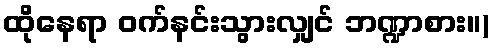
ထိုနေရာ ဝက်နင်းသွားလျှင် ဘဏ္ဍာစား။)